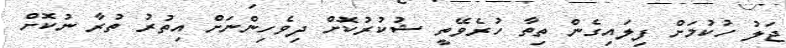
ޖަލު ހުކުމަށް ފިލައިގެން ތިތާ ހުރެވޭތީ ޝުކުރުކޮށް ދިވެހިންނަށް އިތުރު ތުރާ ނުކޮށް